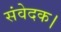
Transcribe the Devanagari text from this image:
संवेदक।